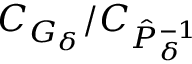
C _ { G _ { \delta } } / C _ { \hat { P } _ { \delta } ^ { - 1 } }